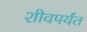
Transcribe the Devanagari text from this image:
शीवपर्यंत